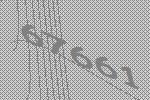
67661